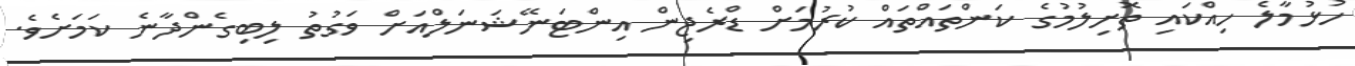
ހުޅުމާލެ ހިއްކައި ތޮށިލުމުގެ ކަންތައްތައް ކުރުމަށް ޑްރެޖިން އިންޓަނޭޝަނަލްއަށް ވަގުތު ލިބިގެންދާނެ ކަމަށެވެ.